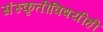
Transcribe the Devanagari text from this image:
संस्कृतीविषयीही